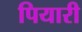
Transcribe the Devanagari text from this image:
पियारी